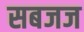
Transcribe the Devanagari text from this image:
सबजज